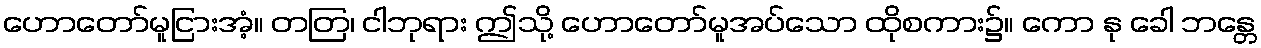
ဟောတော်မူငြားအံ့။ တတြ၊ ငါဘုရား ဤသို့ ဟောတော်မူအပ်သော ထိုစကား၌။ ကော နု ခေါ ဘန္တေ